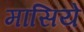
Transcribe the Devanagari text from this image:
मासिये